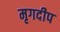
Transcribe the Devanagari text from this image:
मृगदीप